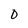
Character: O